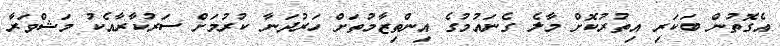
އެގޮތުން ބަކަރި އިތުރުކޮށް މާލެ ގެނައުމުގެ އިންތިޒާމުތަށް ހަރުދަނާ ކުރުމަށް ސަރުކާރާއެކު މަޝްވަރާ